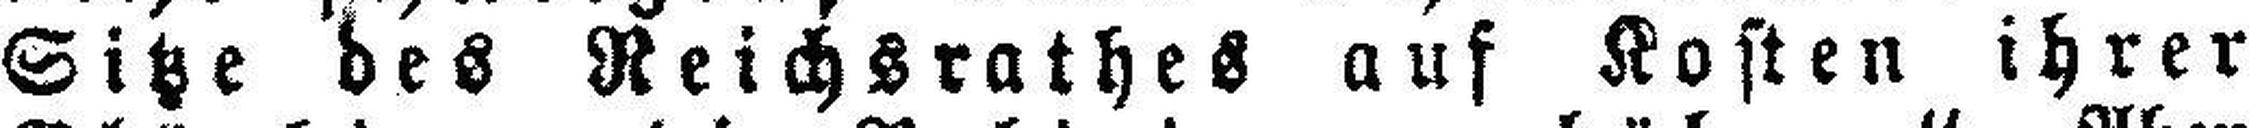
Sitze des Reichsrathes auf Kosten ihrer